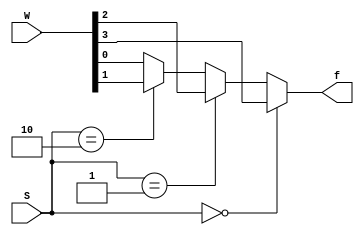
module mux4to1_al(W, S, f);
    input [0:3] W;
    input [1:0] S;
    output f;
    reg f;

    always @(W or S)
        if (S == 0) f = W[0];
        else if (S == 1) f = W[1];
        else if (S == 2) f = W[2];
        else f = W[3];

endmodule